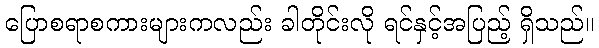
ပြောစရာစကားများကလည်း ခါတိုင်းလို ရင်နှင့်အပြည့် ရှိသည်။